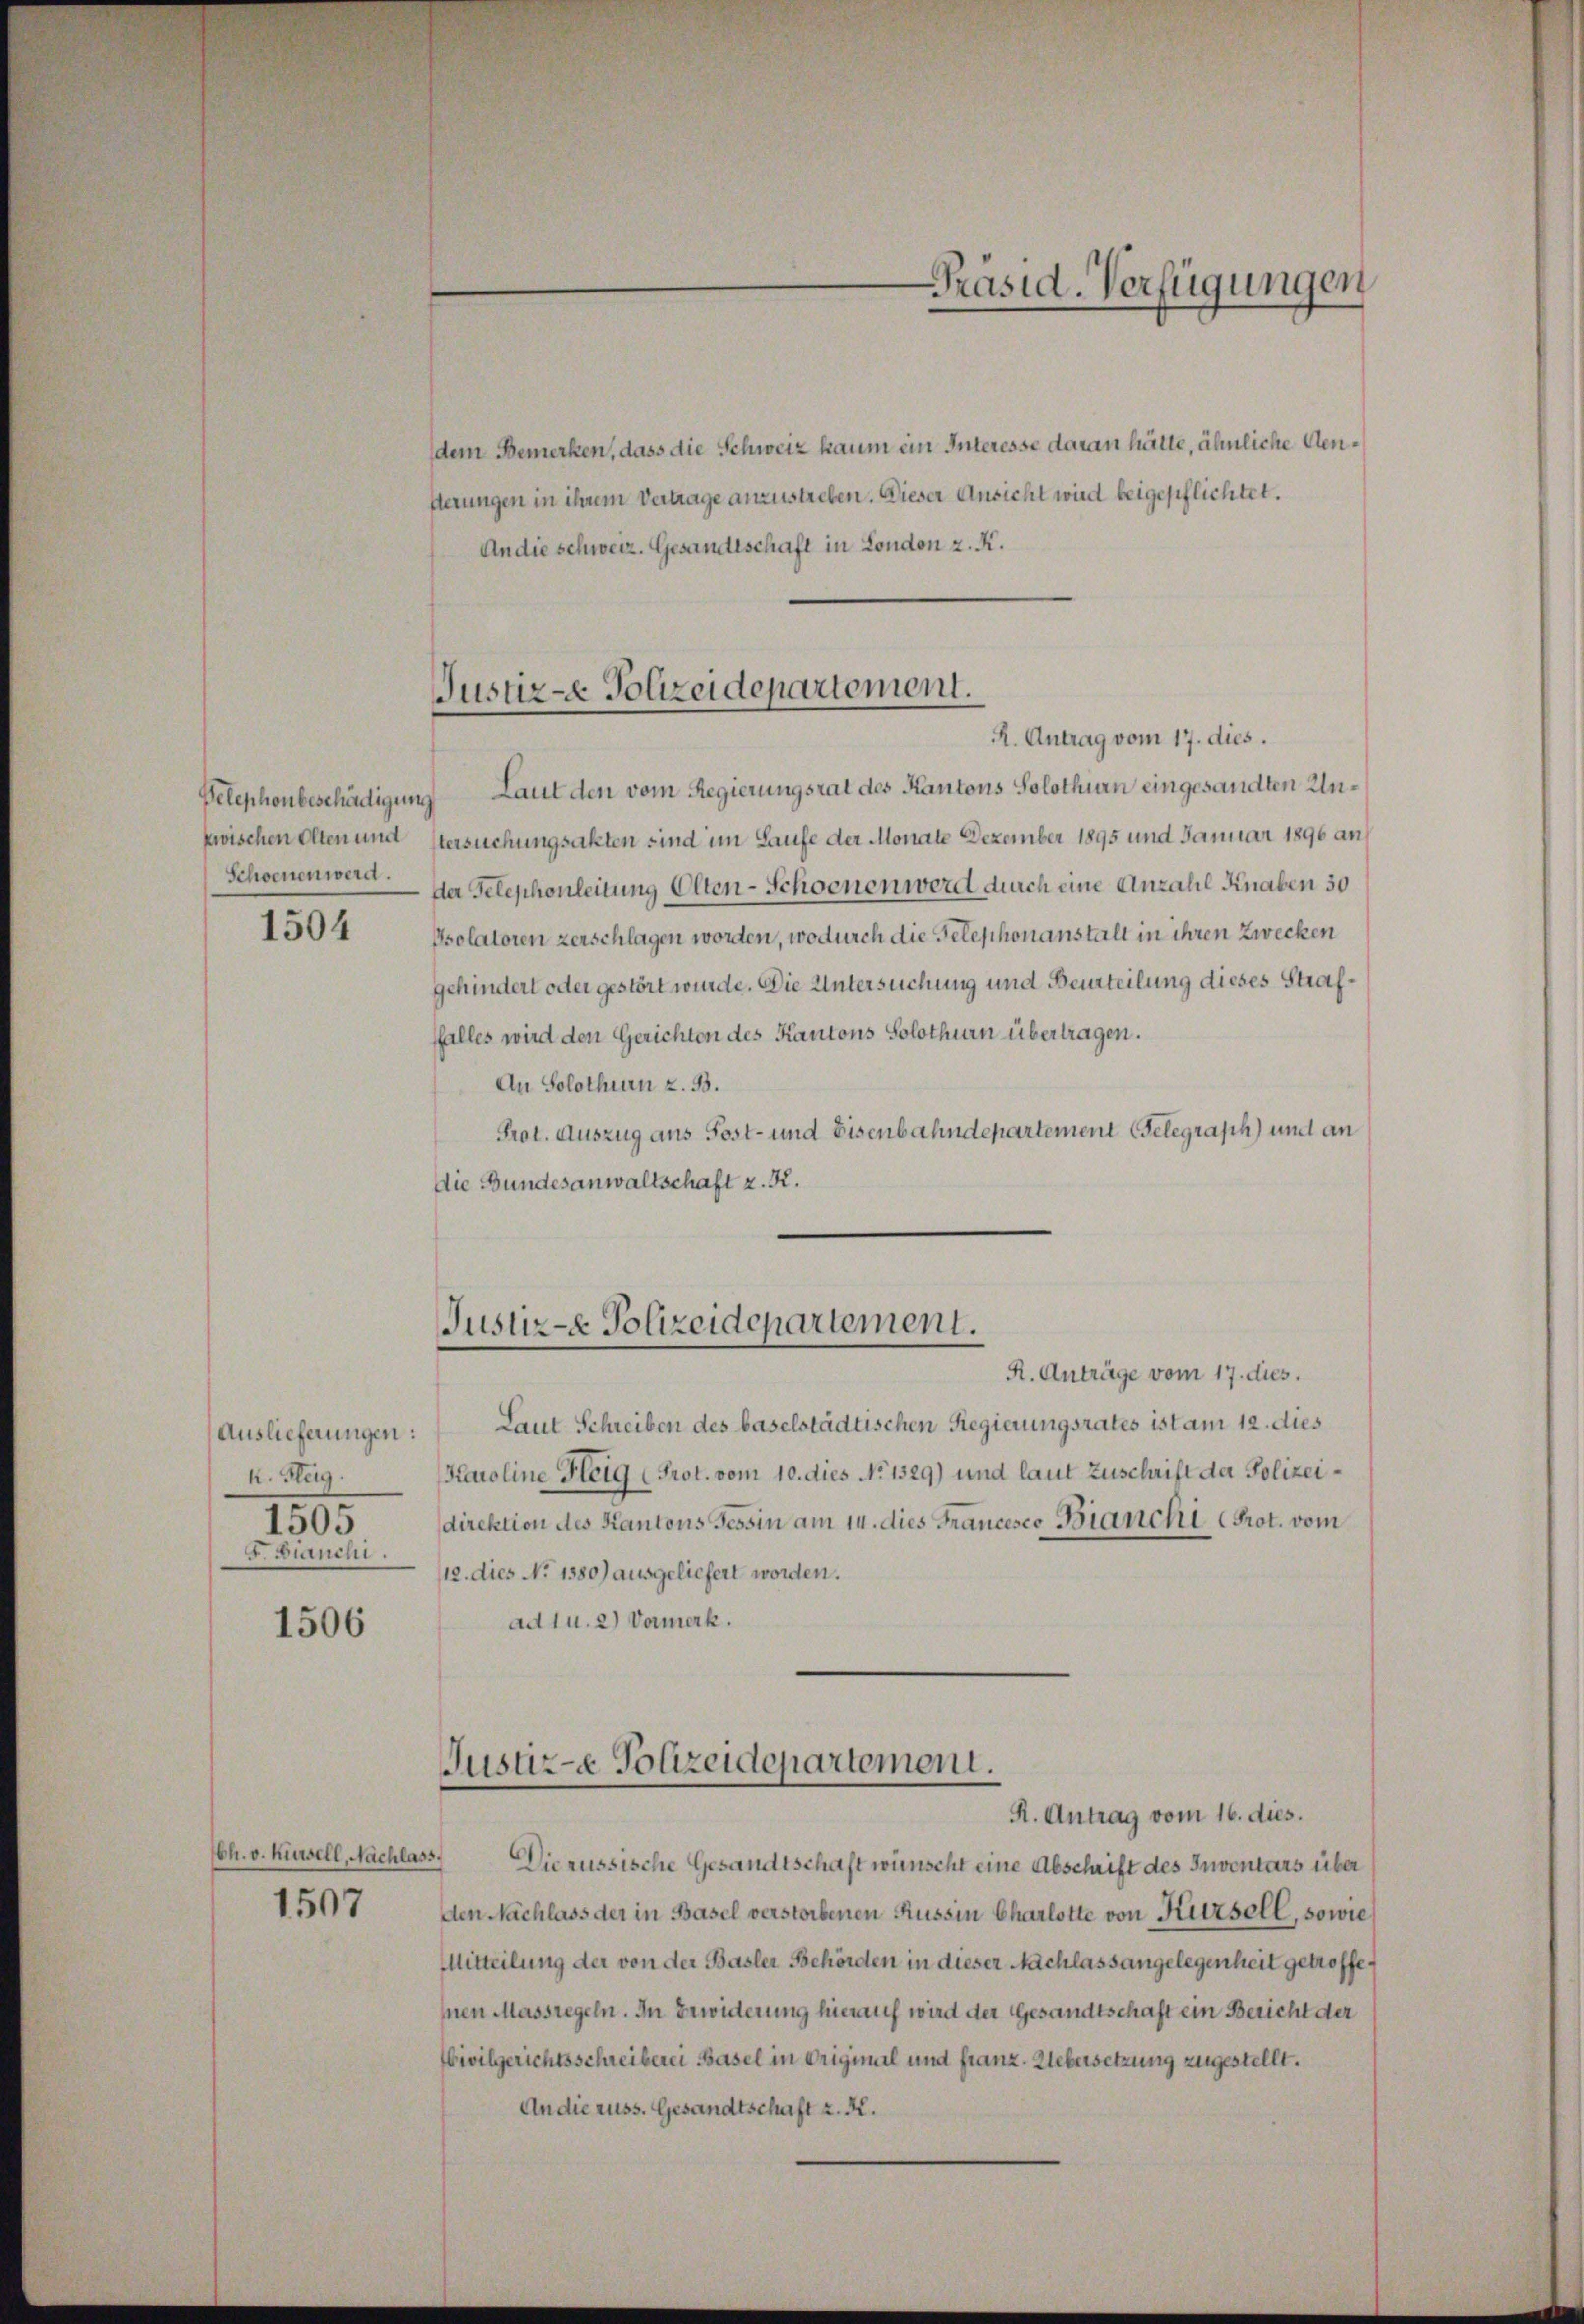
Schoenen werd.

1504

Auslieferungen:
k. Steig.
1505
F. Bianchi.

1506

bh. v. Kiesell, Nachlass,

1507

dem Bemerken, dass die Schweiz kaum ein Interesse daran hätte, ähnliche Aensterungen in ihrem Vertrage anzustreben. Dieser Ansicht wird beigepflichtet.
An die schweiz. Gesandtschaft in London z. K.

Justiz-e Polizeidepartement.
R. Antrag vom 17. dies.

Pelephonbeschädigung Laut den vom Regierungsrat des Kantons Solothurn eingesandten Unzwischen Olten und stersuchungsakten sind im Laufe der Monate Dezember 1895 und Januar 1890 an
der Telephonleitung Olten-Schoenen werd durch eine Anzahl Knaben 30
Psolatoren zerschlagen worden, wodurch die Telephonanstalt in ihren Zwecken
gehindert oder gestört wurde. Die Untersuchung und Beurteilung dieses Strafffalles wird den Gerichten des Kantons Solothurn übertragen.
An Solothurn z. B.
Prot. Auszug aus Post- und Eisenbahndepartement Gelegraph) und an
Die Bundesanwaltschaft z. K.

Justiz-e Polizeidepartement.

Präsid. Verfügungen

R. Anträge vom 17. dies.
Laut Schreiben des baselstädtischen Regierungsrates ist am 12. dies
Karoline Heig (Prot. vom 10. dies No 1529) und laut Zuschrift der Polizeidirektion des Kantons Tessin am 14. dies Francesco Bianchi Prot. vom
/12. dies No 1580) ausgeliefert worden.
ad 1 u. 2) Vormerk.

Justiz-e Polizeidepartement.
R. Antrag vom 16. dies.

Civilgerichtsschreiberei Basel in Original und franz. Uebersetzung zugestellt.
An die russ. Gesandtschaft z. B.

Die russische Gesandtschaft wünscht eine Abschrift des Inventars über
den Nachlass der in Basel verstorbenen Russin Charlotte von Kursell, sowie
Mitteilung der von der Basler Behörden in dieser Nachlass angelegenheit getroffe¬
Ien Massregeln. In Erwiderung hierauf wird der Gesandtschaft ein Bericht der